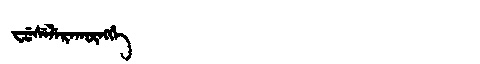
Manchu: ᠸᡠᠰᡝᠯᡝᡵᠠᡴᡡᠩᡤᡝ
Romanization: FUSELERAKŪNGGE